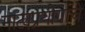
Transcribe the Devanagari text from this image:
नाट्यप्रयोगांचे